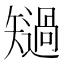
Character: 𱳧